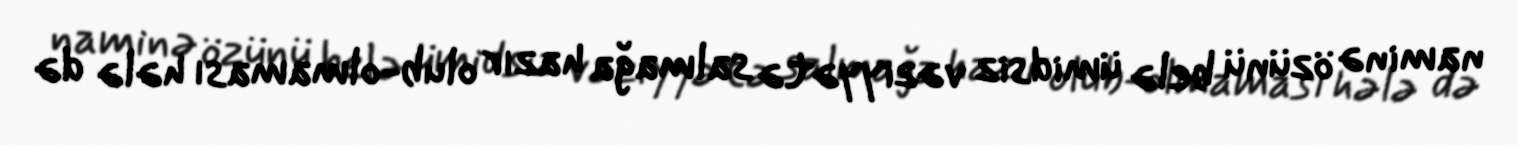
naminə özünü belə ümidsiz vəziyyətə salmağa hazır olub-olmaması hələ də